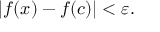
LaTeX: | f ( x ) - f ( c ) | < \varepsilon .